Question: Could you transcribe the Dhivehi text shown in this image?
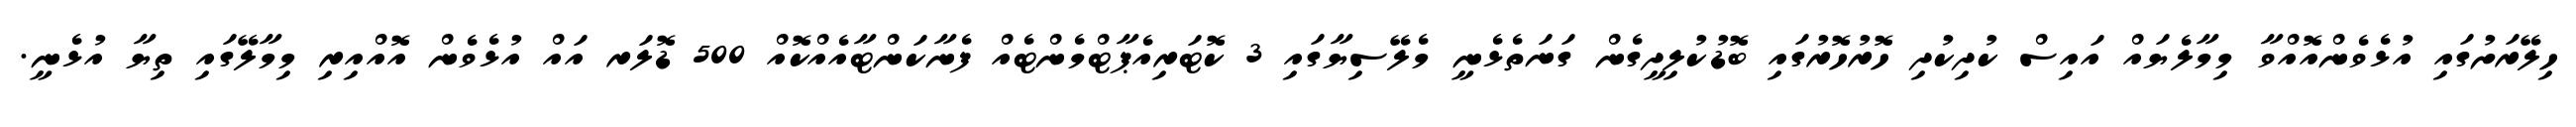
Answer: ހިލޭރަށުގައި އުޅެވެންއޮއްވާ މިމާލެޔައް އައިސް ކުދިކުދި ހޮރުހޮރުގައި ބޮޑުކުލިދީގެން ގަނަތެޅެނީ މެލޭސިޔާގައި 3 ކޮޓަރިއެޕާޓްމެންޓެއް ފެނާކަންޓާއެއްކޮއް 500 ޑޮލަރ އައް އުޅެވެން އޮއްއިރި މިމާލޭގައި ތިޔާ އުޅެނީ.